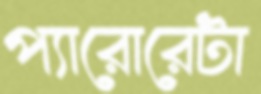
প্যারোরেটা